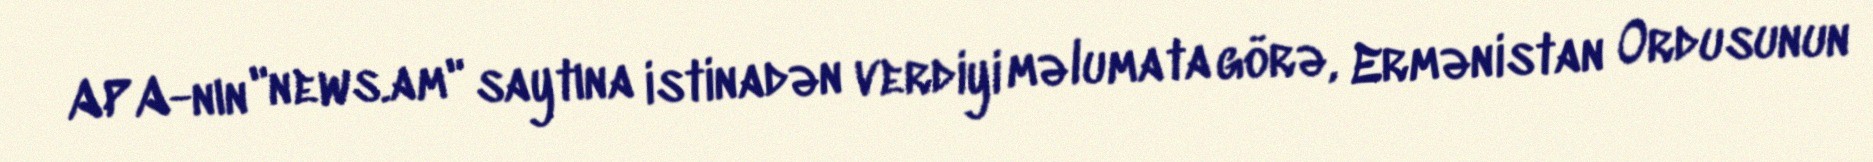
APA-nın "news.am" saytına istinadən verdiyi məlumata görə, Ermənistan Ordusunun